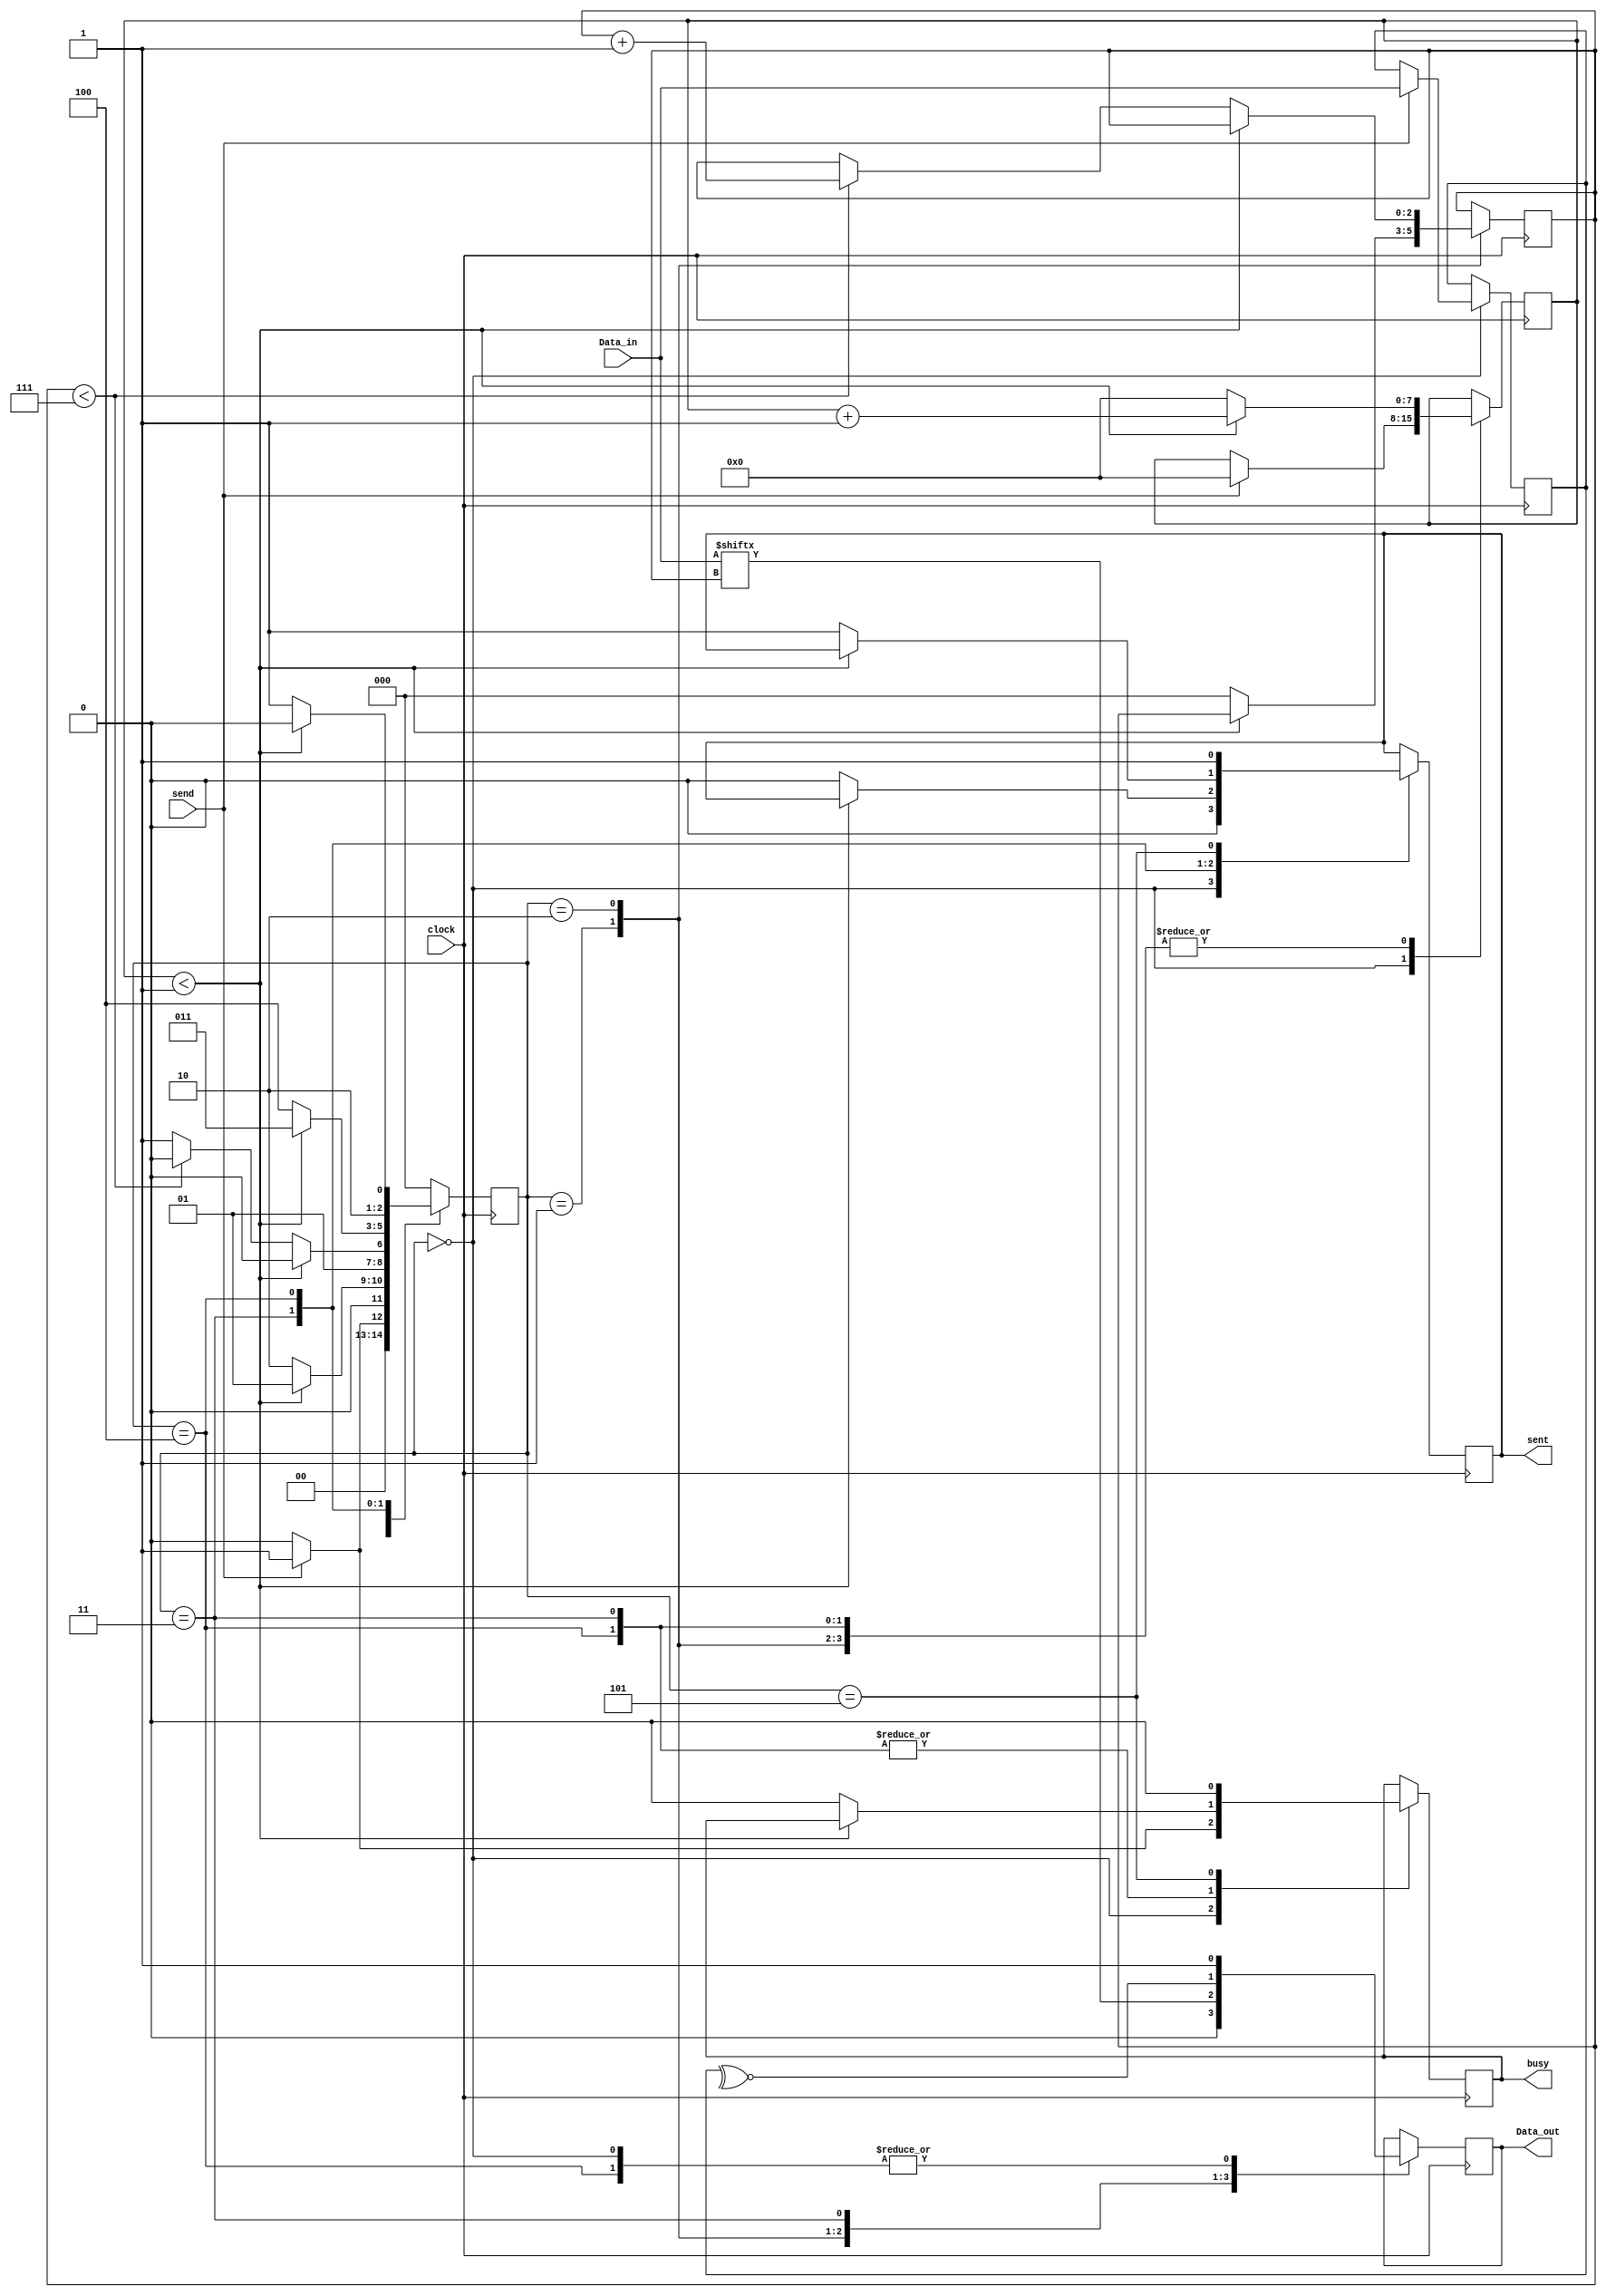
`timescale 1ns / 1ps
//////////////////////////////////////////////////////////////////////////////////
// Company: 
// 
// Design Name: UART Transmitter
// Module Name:    uart_Tx 
// Project Name: UART series communication protocol
// Target Devices: 
// Tool versions: 
// Description: 
//
// Dependencies: 
//
// Revision: 
// Revision 0.01 - File Created
// Additional Comments: 
//
//////////////////////////////////////////////////////////////////////////////////
module uart_Tx(
	input clock,	
	input send,						//send signal to start sending 
//	input Parity_sel,				// 1 for even parity else for odd parity
	input [7:0] Data_in,
	
	output reg busy,				//busy signal 
	output reg Data_out,
	output reg sent				//raised when finish sending
    );

	wire Parity;							//for parity bit
	parameter clks_per_bit = 2;		//Freq/Baud rate

		  /* Parametrs for the FSM states */
	parameter [2:0] idle      = 3'b000;
	parameter [2:0] StartBit  = 3'b001;
	parameter [2:0] DataBits  = 3'b010;
	parameter [2:0] ParityBit = 3'b011;
	parameter [2:0] StopBit   = 3'b100;
	parameter [2:0] Done		  = 3'b101;
	
		   /* Registers */
	reg [2:0] current_state = idle;
	reg [7:0] clk_count;
	reg [7:0] data_to_send;
	reg [2:0] bit_index;


always @(posedge clock)
begin 
	case (current_state)
		idle: begin						//will be idle until send signal received 
		Data_out <= 1;
		sent 		<=0 ;
			
			if (send == 1'b1)
			begin
				busy <= 1;
				data_to_send <= Data_in;
				clk_count <=0 ;
				current_state <= StartBit;
			end
			
			else begin
			busy <= 0 ;
			current_state <= idle;
			end
	end
	
	StartBit: begin									//first start sending the start bit
		Data_out <= 0;
		if (clk_count < (clks_per_bit -1)) 		//This condition for checkinng if the bit needs more clks
		begin
			clk_count  <= clk_count + 1;
			current_state <= StartBit;
		end
	
		else begin
		clk_count <= 0;
		bit_index <=0;
		current_state <= DataBits;					//done with start bit now go for the data bits
		end
	end
	
	DataBits: begin				
		Data_out <= Data_in[bit_index];
		
		if (clk_count < (clks_per_bit - 1))
		begin
			clk_count <= clk_count + 1;
			current_state <= DataBits;
		end
		
		else begin 
		clk_count <= 0;								
			if (bit_index < 7)							//after sending specific bit check if there is still bits in the msg
			begin
				bit_index <= bit_index +1;
				current_state <= DataBits;
			end
			else begin
				current_state <= ParityBit;
			end
		end
	end
	
	ParityBit: begin
		Data_out <= Parity;								//depending on Parity_sel the parity will be odd or even
		if (clk_count < (clks_per_bit - 1))
		begin
			clk_count	  <= clk_count + 1;
			current_state <= ParityBit;
		end
		
		else begin
			clk_count <= 0;
			current_state <= StopBit;
			busy <= 0; 
			sent <= 0;
		end
	end
	
	StopBit: begin										//sending the stop bit
		Data_out <= 1;
		if (clk_count < (clks_per_bit- 1))
		begin
			clk_count <= clk_count + 1;
			current_state <= StopBit;
		end
		
		else begin
			clk_count <= 0;
			current_state <= Done;
			busy <= 0;
			sent <= 1;
		end
	end
	
	Done: begin
		sent <= 1;
		busy <= 0;
		current_state <= idle;
	end
	
	default: begin
		current_state <= idle;
	end
endcase
end

	//assign Parity = (Parity_sel == 1) ? (^data_to_send) : (~^data_to_send);	
	assign Parity = ~^data_to_send;
endmodule